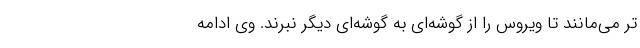
تر می‌مانند تا ویروس را از گوشه‌ای به گوشه‌ای دیگر نبرند. وی ادامه